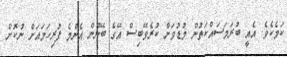
ކަމެކެވެ. އެއީ ބުރަމަސައްކަތުން މުޑުވަށް ކުރެވޭބިސް އޭގެ ބޭނުން އެންމެ ފުރިހަމައަށް ނުކޮށް